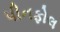
પીનફોલ